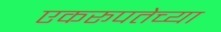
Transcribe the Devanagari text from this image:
एकरूपतेच्या